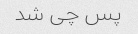
پس چی شد